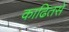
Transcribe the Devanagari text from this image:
काढितसे